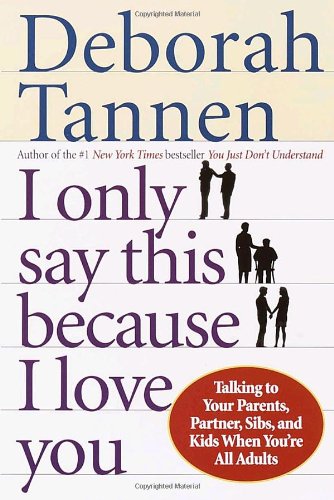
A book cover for I Only Say This Because I Love You: Talking to Your Parents, Partner, Sibs, and Kids When You're All Adults; Deborah Tannen; Parenting & Relationships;